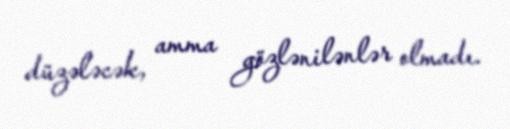
düzələcək, amma gözlənilənlər olmadı.